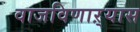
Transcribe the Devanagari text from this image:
वाजविणाऱ्यास